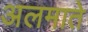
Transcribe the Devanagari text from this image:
अलमाते